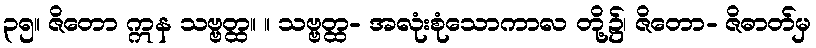
၃၅။ ဇိတော ဣန သဗ္ဗတ္ထ။ ။ သဗ္ဗတ္ထ- အလုံးစုံသောကာလ တို့၌၊ ဇိတော- ဇိဓာတ်မှ